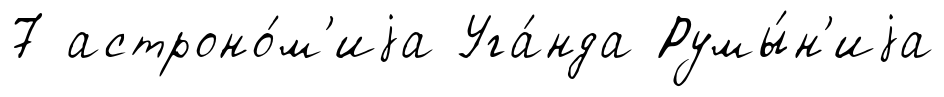
7 астроно́м'иjа Уга́нда Румы́н'иjа